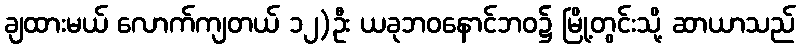
ချထားမယ် လောက်ကျတယ် ၁၂)ဦး ယခုဘဝနောင်ဘဝ၌ မြို့တွင်းသို့ ဆာယာသည်